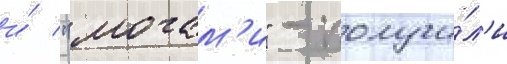
и́ "могам'и" - получи́л'и